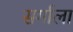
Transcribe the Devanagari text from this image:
सर्गाला